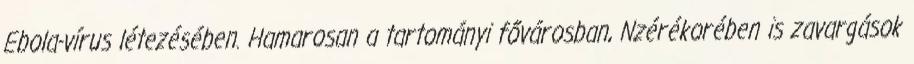
Ebola-vírus létezésében. Hamarosan a tartományi fővárosban, Nzérékorében is zavargások